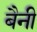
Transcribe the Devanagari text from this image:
बैनी